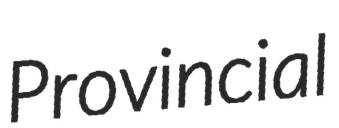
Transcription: Provincial